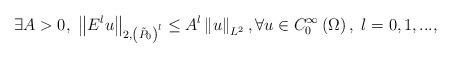
LaTeX: \begin{align*}\exists A>0,\ \left\Vert E^{l}u\right\Vert _{2,\left( \tilde{P}_{0}\right)^{l}}\leq A^{l}\left\Vert u\right\Vert _{L^{2}},\forall u\in C_{0}^{\infty}\left( \Omega \right) ,\ l=0,1,...,\end{align*}